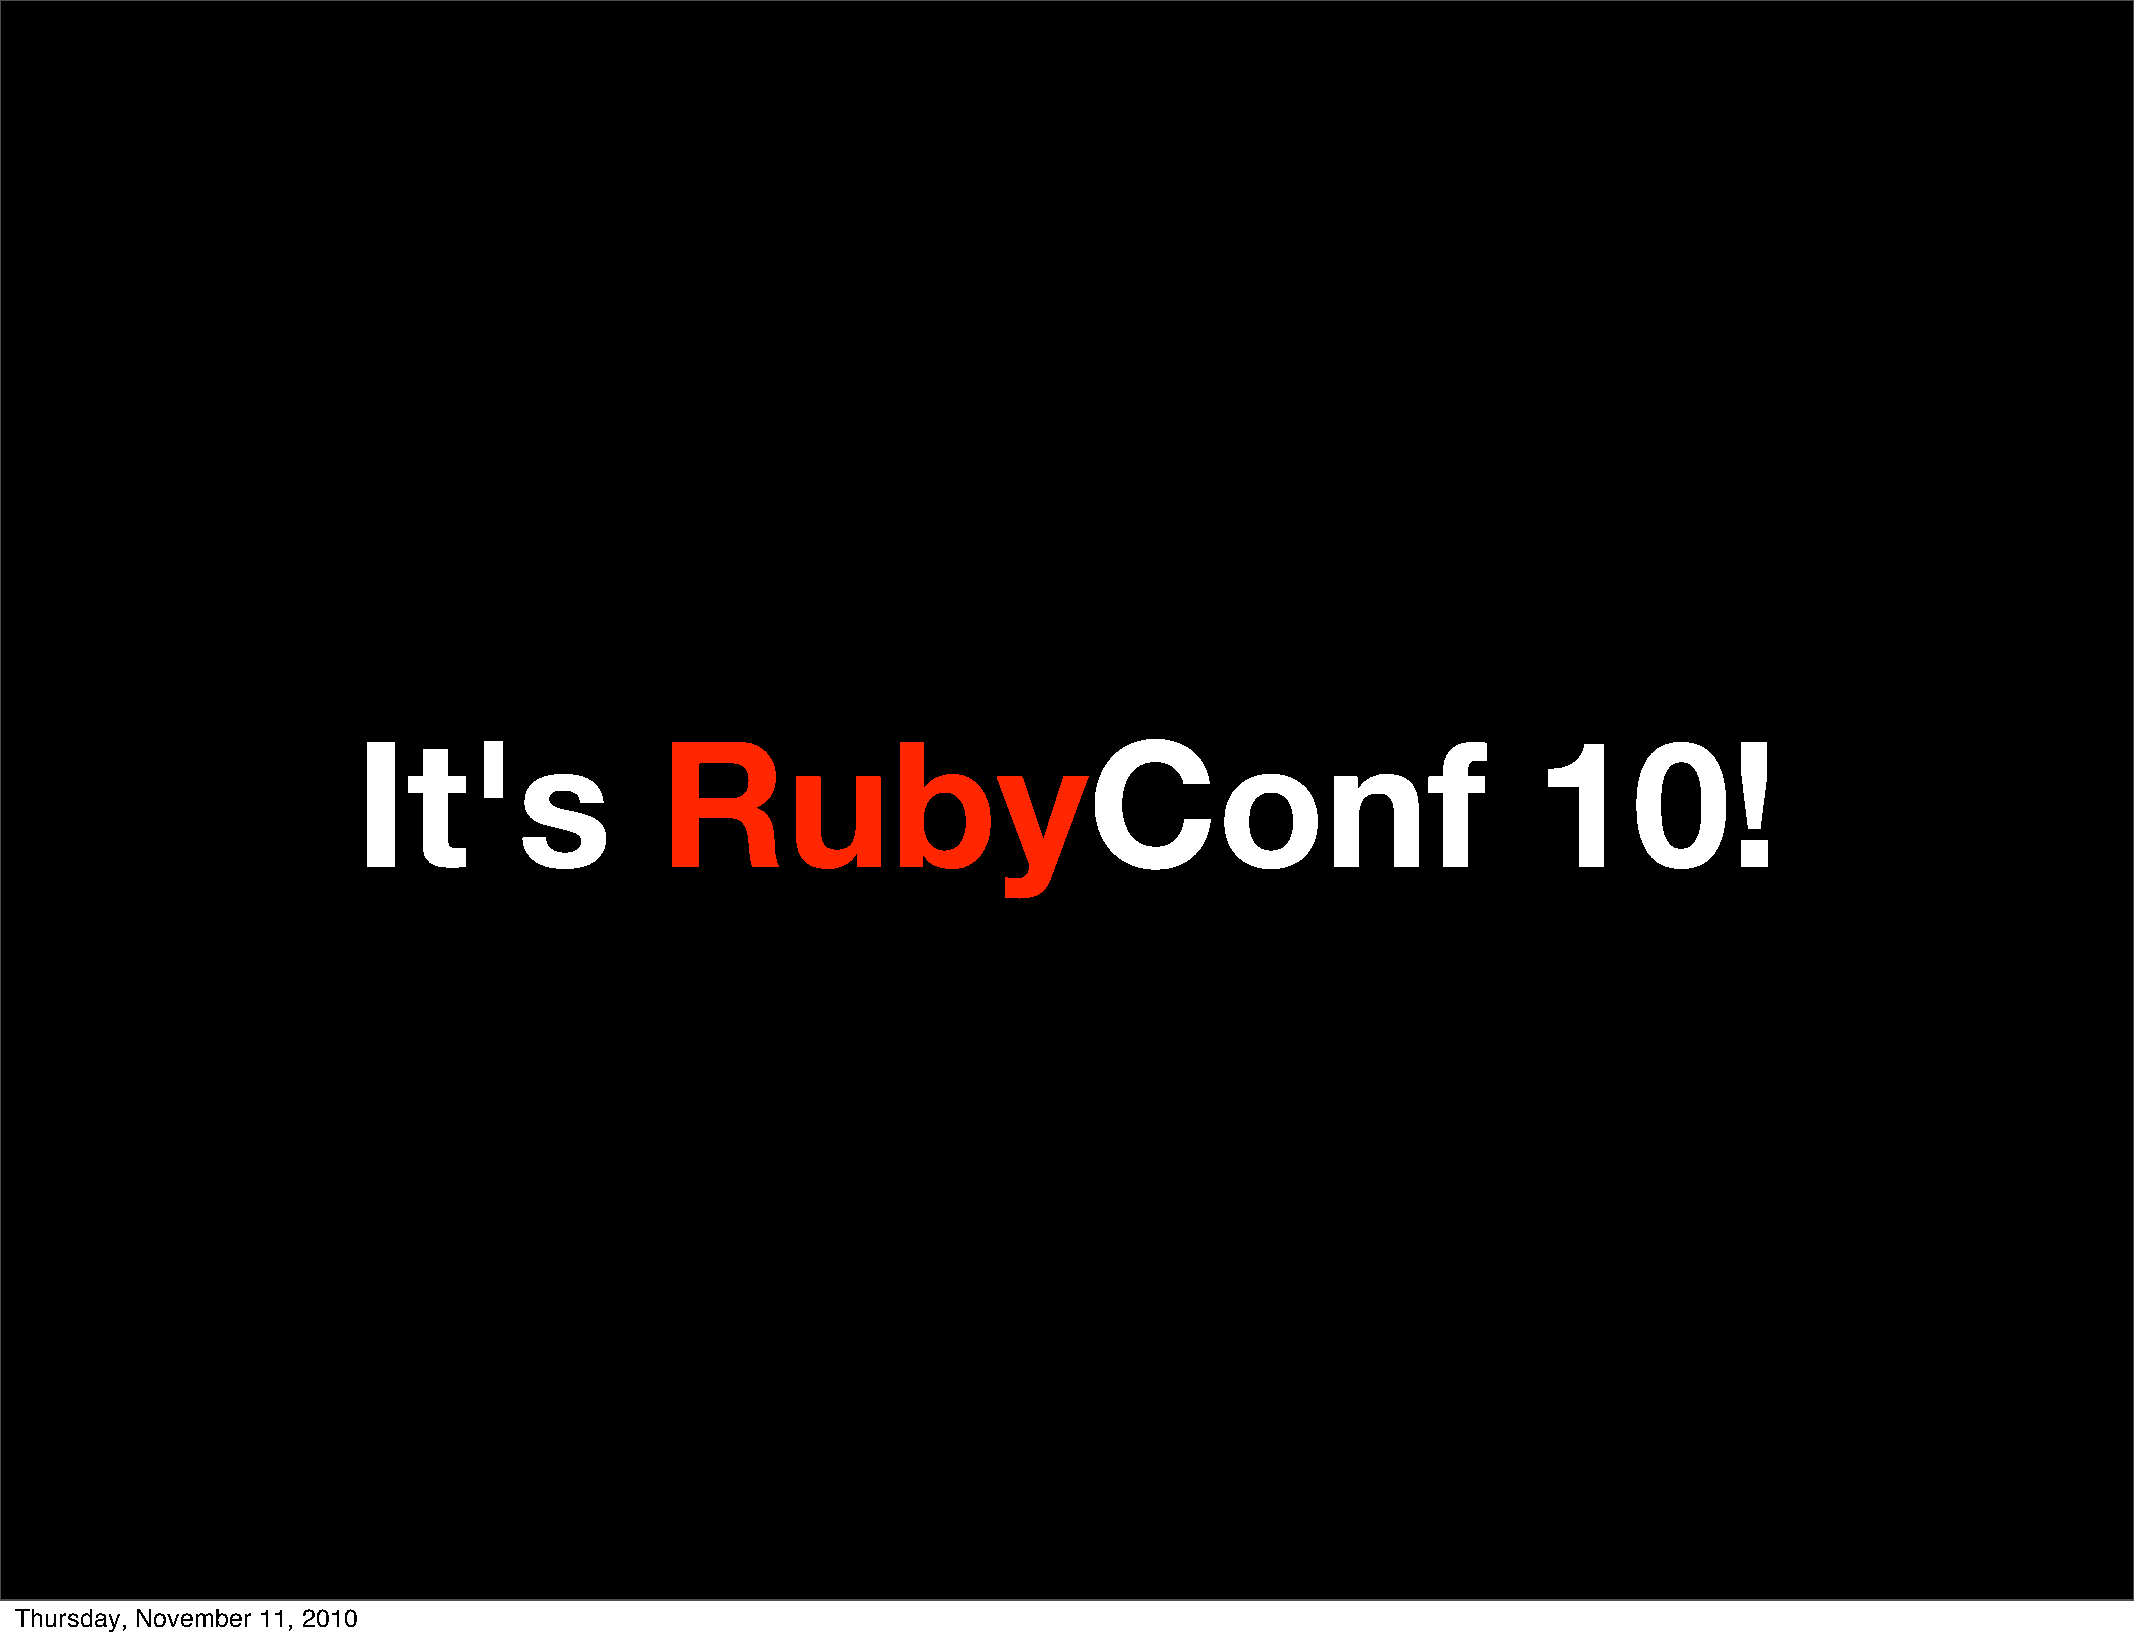
It's                RubyConf                                                  10!
 Thursday, November 11, 2010